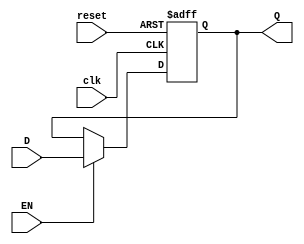
//Ejercicio 1
//Flip flop tipo D

module FlipF(input wire clk, reset, EN,
            input wire D,
            output reg Q);

always @ (posedge clk or posedge reset)begin
  if (reset) begin
      Q <= 1'b0;
  end
  else if (EN) begin
      Q <= D;
  end
  end

endmodule

module FlipF2(input wire clk, reset, EN,
              input wire [1:0]D,
              output wire [1:0]Q);

FlipF  f1(clk, reset, EN, D[0], Q[0]);
FlipF  f2(clk, reset, EN, D[1], Q[1]);

endmodule


module FlipF4(input wire clk, reset, EN,
              input wire [3:0]D,
              output wire [3:0]Q);

FlipF f3(clk, reset, EN, D[0], Q[0]);
FlipF f4(clk, reset, EN, D[1], Q[1]);
FlipF f5(clk, reset, EN, D[2], Q[2]);
FlipF f6(clk, reset, EN, D[3], Q[3]);

endmodule